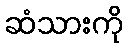
ဆံသားကို